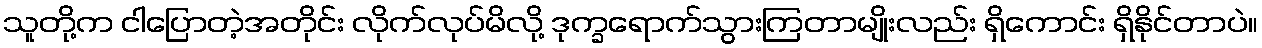
သူတို့က ငါပြောတဲ့အတိုင်း လိုက်လုပ်မိလို့ ဒုက္ခရောက်သွားကြတာမျိုးလည်း ရှိကောင်း ရှိနိုင်တာပဲ။